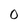
Character: 0